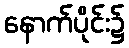
နောက်ပိုင်း၌